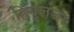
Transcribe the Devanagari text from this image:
हिंगुलजा